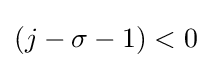
\left({j-\sigma -1}\right)<0